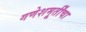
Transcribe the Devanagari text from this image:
गणेशमूर्तींचा